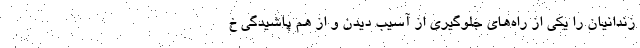
زندانیان را یکی از راه‌های جلوگیری از آسیب دیدن و از هم پاشیدگی خ